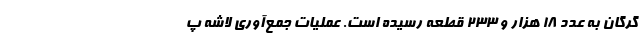
گرگان به عدد ۱۸ هزار و ۲۳۳ قطعه رسیده است. عملیات جمع‌آوری لاشه پ